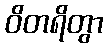
ဝိတရိတွာ